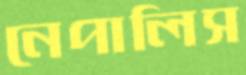
নেপালিস